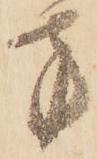
方